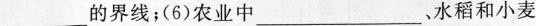
的界线；(6)农业中___、水稻和小麦